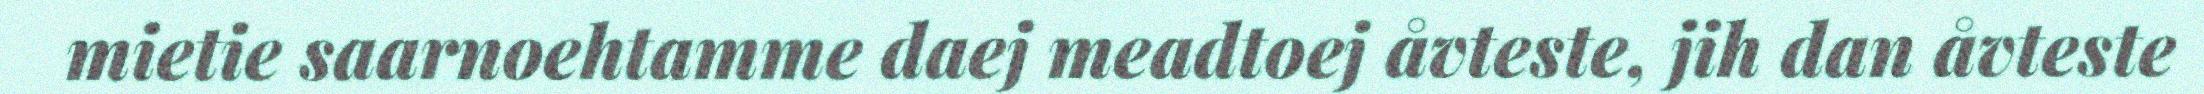
mietie saarnoehtamme daej meadtoej åvteste, jih dan åvteste